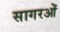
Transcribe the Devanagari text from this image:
सागरओं